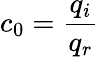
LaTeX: c_{0}=\frac{q_{i}}{q_{r}}